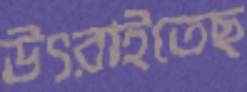
উৎরাইতেছ